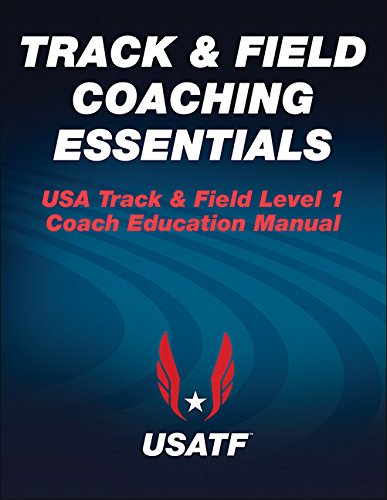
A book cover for Track & Field Coaching Essentials; USA Track & Field; Sports & Outdoors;